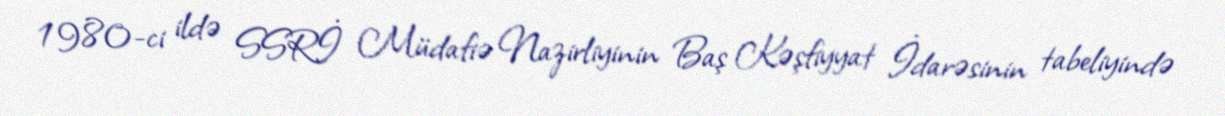
1980-ci ildə SSRİ Müdafiə Nazirliyinin Baş Kəşfiyyat İdarəsinin tabeliyində